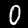
Label: 0